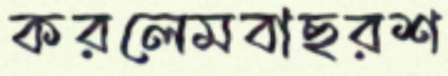
করলেমবাছরশ